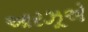
આરઝૂએ